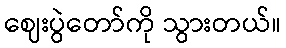
ဈေးပွဲတော်ကို သွားတယ်။